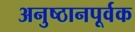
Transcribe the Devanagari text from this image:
अनुष्ठानपूर्वक